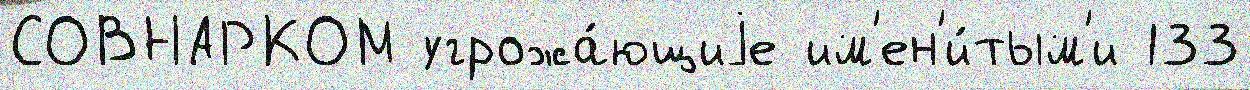
СОВНАРКОМ угрожа́ющиjе им'ен'и́тым'и 133